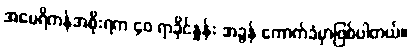
အမေရိကန်အစိုးရက ၄၀ ရာခိုင်နှုန်း အခွန် ကောက်ခံမှာဖြစ်ပါတယ်။